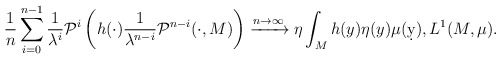
\begin{align*} \frac{1}{n} \sum_{i=0}^{n-1} \frac{1}{\lambda^i} \mathcal P^i\left(h(\cdot) \frac{1}{\lambda^{n-i}}\mathcal P^{n-i}(\cdot,M)\right) \xrightarrow{n\to\infty} \eta \int_M h(y) \eta(y) \mu(\d y), L^1(M,\mu).\end{align*}